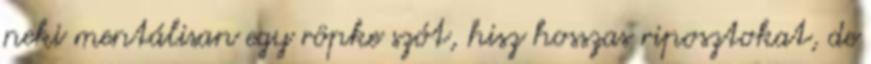
neki mentálisan egy röpke szót, hisz hosszas riposztokat, de